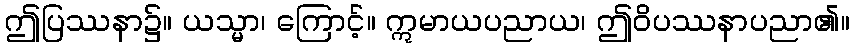
ဤပြဿနာ၌။ ယသ္မာ၊ ကြောင့်။ ဣမာယပညာယ၊ ဤဝိပဿနာပညာ၏။